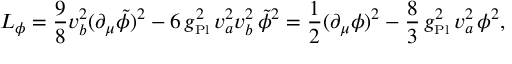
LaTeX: { \cal L } _ { \phi } = \frac { 9 } { 8 } v _ { b } ^ { 2 } ( \partial _ { \mu } \tilde { \phi } ) ^ { 2 } - 6 \, { g _ { \mathrm { \scriptscriptstyle P l } } ^ { 2 } } \, v _ { a } ^ { 2 } v _ { b } ^ { 2 } \, \tilde { \phi } ^ { 2 } = \frac { 1 } { 2 } ( \partial _ { \mu } \phi ) ^ { 2 } - \frac { 8 } { 3 } \, { g _ { \mathrm { \scriptscriptstyle P l } } ^ { 2 } } \, v _ { a } ^ { 2 } \, \phi ^ { 2 } ,